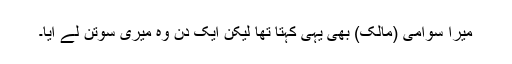
میرا سوامی (مالک) بھی یہی کہتا تھا لیکن ایک دن وہ میری سوتن لے آیا۔